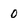
Character: 0